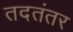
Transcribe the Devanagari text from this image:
तदतंतर